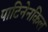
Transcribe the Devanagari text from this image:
पाटिनेनकिल